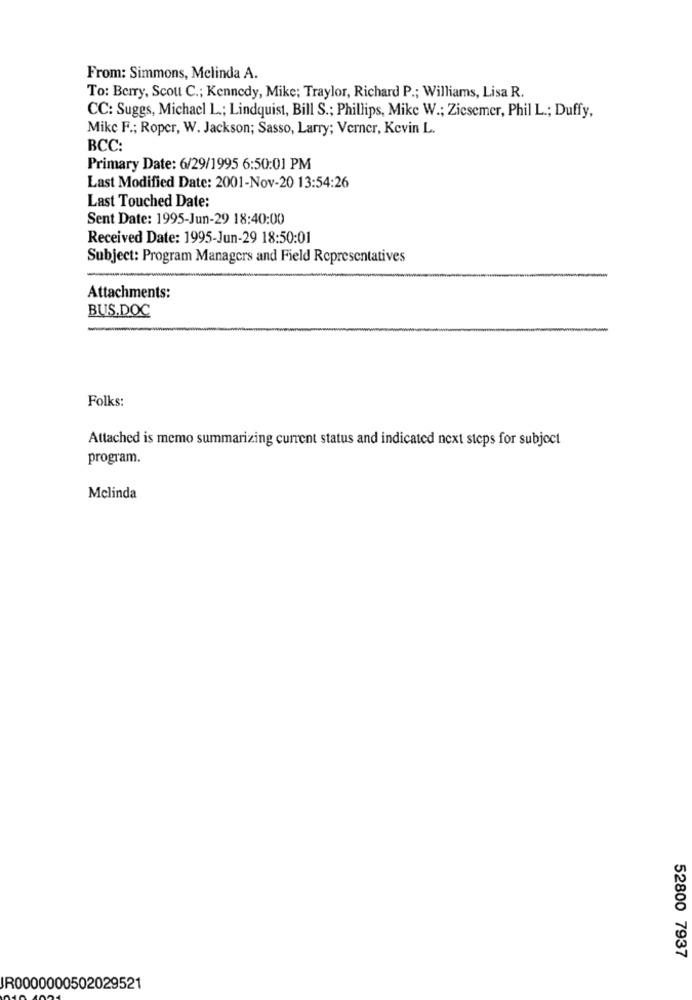
From: Simmons, Melinda A.
To: Berry, Scout C .; Kennedy, Mike; Traylor, Richard P .; Williams, Lisa R.
CC: Suggs, Michacl L .; Lindquist, Bill S .; Phillips, Mike W .; Ziesemer, Phil L .; Duffy,
Mike F .; Roper, W. Jackson; Sasso, Larry; Verner, Kevin L.
BCC:
Primary Date: 6/29/1995 6:50:01 PM
Last Modified Date: 2001-Nov-20 13:54:26
Last Touched Date:
Sent Date: 1995-Jun-29 18:40:00
Received Date: 1995-Jun-29 18:50:01
Subject: Program Managers and Field Representatives
Attachments:
BUS.DOC
Folks:
Attached is memo summarizing current status and indicated next steps for subject
program.
Melinda
52800 7937
JR0000000502029521